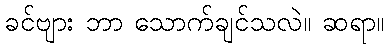
ခင်ဗျား ဘာ သောက်ချင်သလဲ။ ဆရာ။